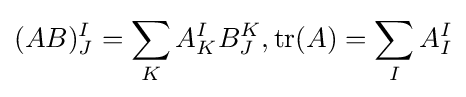
(AB)_{J}^{I}=\sum _{K}A_{K}^{I}B_{J}^{K},\operatorname {tr} (A)=\sum _{I}A_{I}^{I}